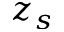
z _ { s }